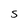
Character: S